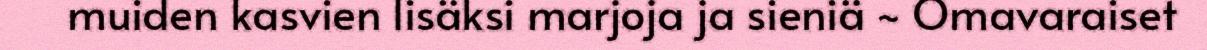
muiden kasvien lisäksi marjoja ja sieniä ~ Omavaraiset